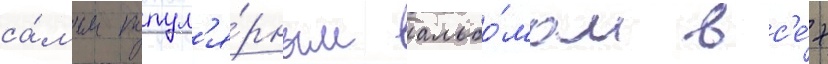
са́мым попул'я́рным альбо́мом вс'е́х